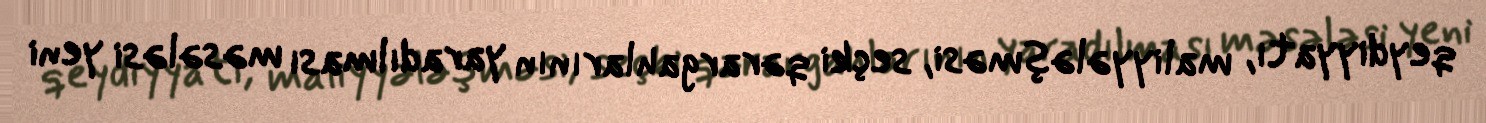
qeydiyyatı, maliyyələşməsi, seçki qərargahlarının yaradılması məsələsi yeni